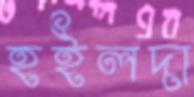
হইলদা